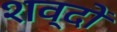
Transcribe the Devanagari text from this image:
शव्दों